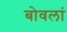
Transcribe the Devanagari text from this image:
बोवलां